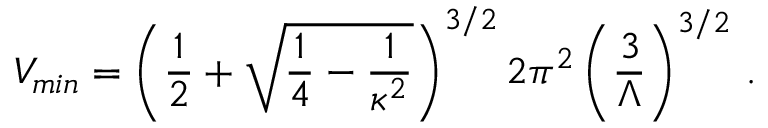
V _ { m i n } = \left( { \frac { 1 } { 2 } } + \sqrt { { \frac { 1 } { 4 } } - { \frac { 1 } { \kappa ^ { 2 } } } } \right) ^ { 3 / 2 } 2 \pi ^ { 2 } \left( { \frac { 3 } { \Lambda } } \right) ^ { 3 / 2 } \, .